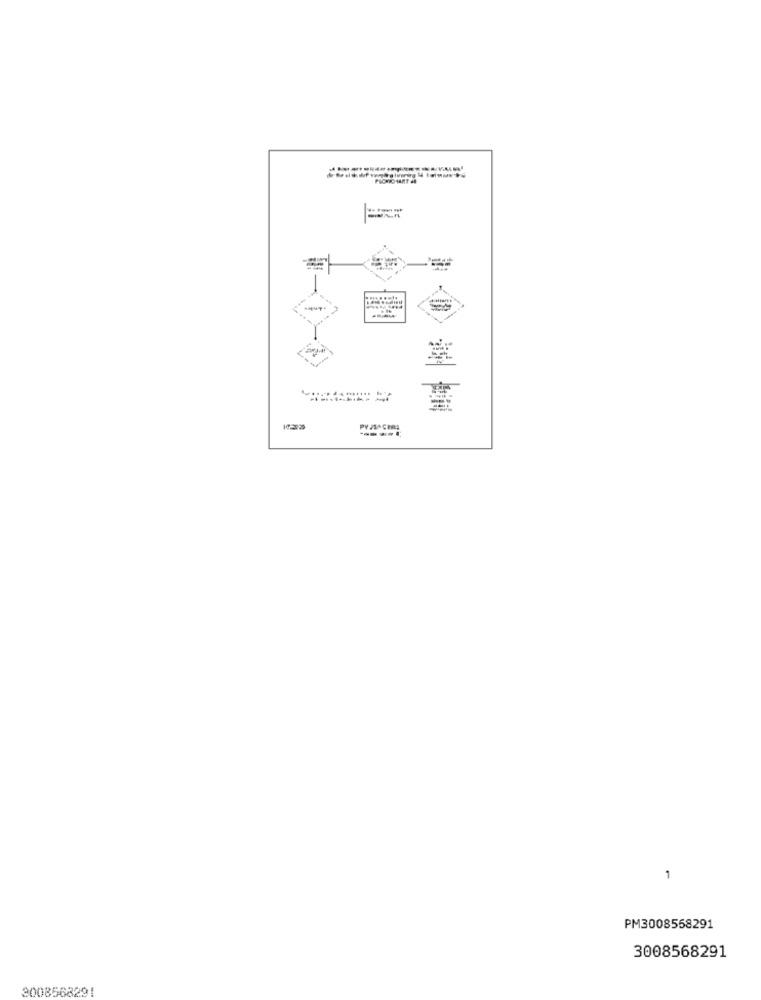
1
PM3008558291
3008568291
3008568291